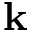
\textbf { k }